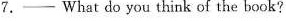
7.── What do you think of the book?